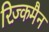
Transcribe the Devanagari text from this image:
रिज़्कमैन